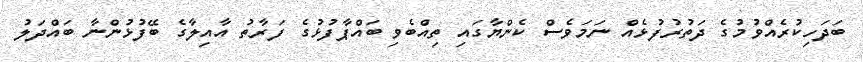
ބަދަހިކުރެއްވުމުގެ ދަތުރުފުޅެއް ނަމަވެސް ކެންޔާގައި ތިއްބެވި ބައްޕާފުޅުގެ ފަރާތު އާއިލާގެ ބޭފުޅުންނާ ބައްދަލު